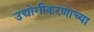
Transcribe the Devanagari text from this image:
उद्योगीकरणाच्या